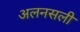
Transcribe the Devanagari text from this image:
अलनसली